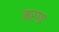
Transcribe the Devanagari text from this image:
जरगा